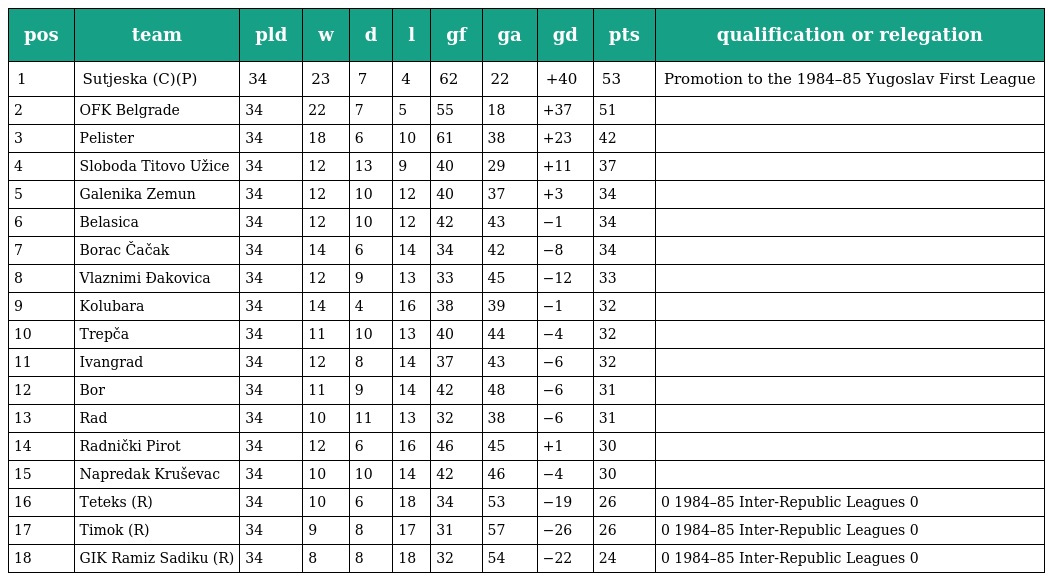
| pos | team | pld | w | d | l | gf | ga | gd | pts | qualification or relegation |
 | --- | --- | --- | --- | --- | --- | --- | --- | --- | --- | --- |
 | 1 | Sutjeska (C)(P) | 34 | 23 | 7 | 4 | 62 | 22 | +40 | 53 | Promotion to the 1984–85 Yugoslav First League |
 | 2 | OFK Belgrade | 34 | 22 | 7 | 5 | 55 | 18 | +37 | 51 |  |
 | 3 | Pelister | 34 | 18 | 6 | 10 | 61 | 38 | +23 | 42 |  |
 | 4 | Sloboda Titovo Užice | 34 | 12 | 13 | 9 | 40 | 29 | +11 | 37 |  |
 | 5 | Galenika Zemun | 34 | 12 | 10 | 12 | 40 | 37 | +3 | 34 |  |
 | 6 | Belasica | 34 | 12 | 10 | 12 | 42 | 43 | −1 | 34 |  |
 | 7 | Borac Čačak | 34 | 14 | 6 | 14 | 34 | 42 | −8 | 34 |  |
 | 8 | Vlaznimi Đakovica | 34 | 12 | 9 | 13 | 33 | 45 | −12 | 33 |  |
 | 9 | Kolubara | 34 | 14 | 4 | 16 | 38 | 39 | −1 | 32 |  |
 | 10 | Trepča | 34 | 11 | 10 | 13 | 40 | 44 | −4 | 32 |  |
 | 11 | Ivangrad | 34 | 12 | 8 | 14 | 37 | 43 | −6 | 32 |  |
 | 12 | Bor | 34 | 11 | 9 | 14 | 42 | 48 | −6 | 31 |  |
 | 13 | Rad | 34 | 10 | 11 | 13 | 32 | 38 | −6 | 31 |  |
 | 14 | Radnički Pirot | 34 | 12 | 6 | 16 | 46 | 45 | +1 | 30 |  |
 | 15 | Napredak Kruševac | 34 | 10 | 10 | 14 | 42 | 46 | −4 | 30 |  |
 | 16 | Teteks (R) | 34 | 10 | 6 | 18 | 34 | 53 | −19 | 26 | 0 1984–85 Inter-Republic Leagues 0 |
 | 17 | Timok (R) | 34 | 9 | 8 | 17 | 31 | 57 | −26 | 26 | 0 1984–85 Inter-Republic Leagues 0 |
 | 18 | GIK Ramiz Sadiku (R) | 34 | 8 | 8 | 18 | 32 | 54 | −22 | 24 | 0 1984–85 Inter-Republic Leagues 0 |